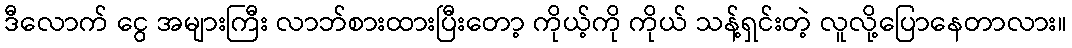
ဒီလောက် ငွေ အများကြီး လာဘ်စားထားပြီးတော့ ကိုယ့်ကို ကိုယ် သန့်ရှင်းတဲ့ လူလို့ပြောနေတာလား။